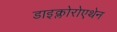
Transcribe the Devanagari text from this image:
डाइक्लोरोएथेन